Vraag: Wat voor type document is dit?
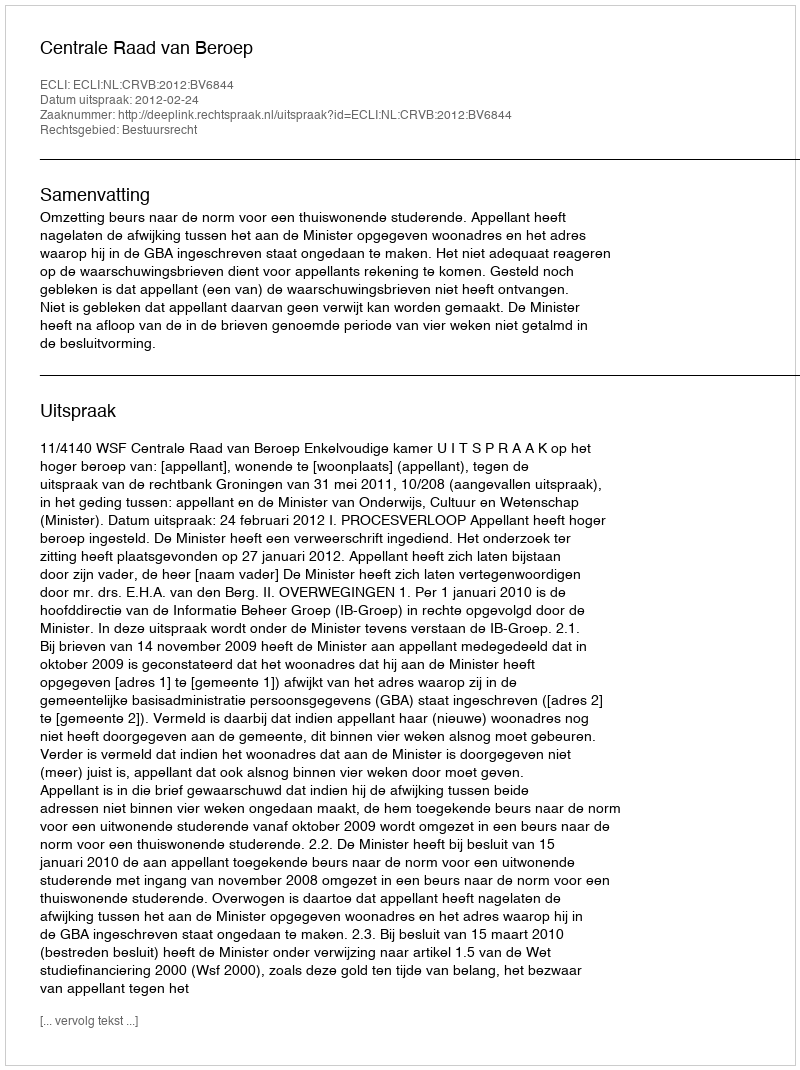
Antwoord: Uitspraak